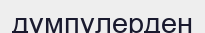
дүмпулерден